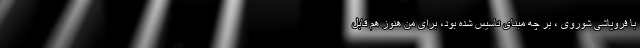
با فروپاشی شوروی ، بر چه مبنای تاسیس شده بود، برای من هنوز هم قابل